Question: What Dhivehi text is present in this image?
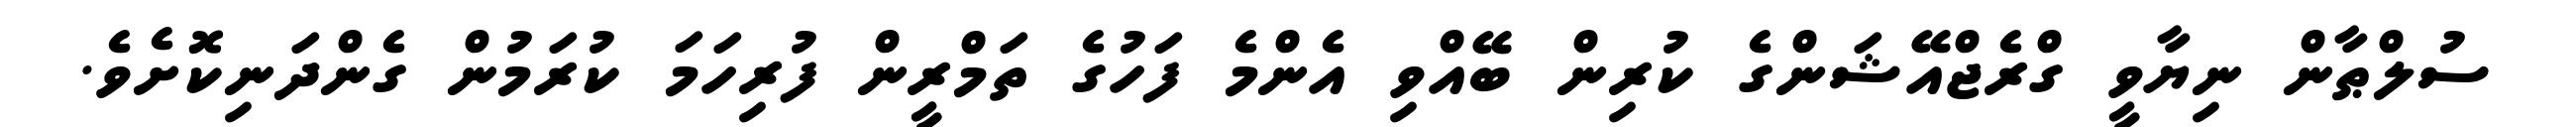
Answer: ސުލްޠާން ނިޔާވީ ގްރެޖްއޭޝަންގެ ކުރިން ބޭއްވި އެންމެ ފަހުގެ ތަމްރީން ފުރިހަމަ ކުރަމުން ގެންދަނިކޮށެވެ.